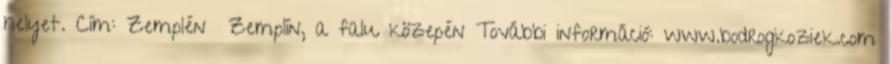
helyet. Cím: Zemplén Zemplín, a falu közepén További információ: www.bodrogkoziek.com